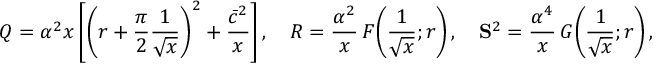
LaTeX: Q = \alpha ^ { 2 } x \left[ \left( r + \frac { \pi } { 2 } \frac { 1 } { \sqrt { x } } \right) ^ { 2 } + \frac { \bar { c } ^ { 2 } } { x } \right] , \quad R = \frac { \alpha ^ { 2 } } { x } \, F \! \left( \frac { 1 } { \sqrt { x } } ; r \right) , \quad { \bf S } ^ { 2 } = \frac { \alpha ^ { 4 } } { x } \, G \! \left( \frac { 1 } { \sqrt { x } } ; r \right) ,